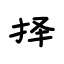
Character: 择